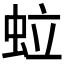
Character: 𧉼